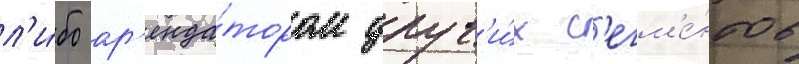
л'и́бо ар'енда́тором друг'и́х с'егм'е́нтов